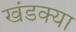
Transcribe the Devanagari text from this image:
खंडक्या